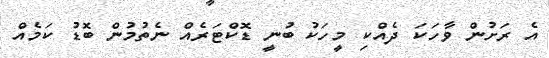
އެ ރަށުން ވާހަކަ ދެއްކި މީހަކު ބުނީ ޑޮކްޓަރެއް ނެތުމުން ބޮޑު ކަމެއް